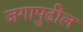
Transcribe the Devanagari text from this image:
जगापुढील